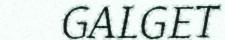
GALGET